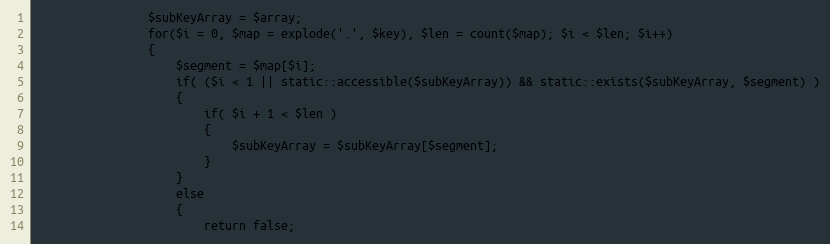
Language: PHP
				$subKeyArray = $array;
				for($i = 0, $map = explode('.', $key), $len = count($map); $i < $len; $i++)
				{
					$segment = $map[$i];
					if( ($i < 1 || static::accessible($subKeyArray)) && static::exists($subKeyArray, $segment) )
					{
						if( $i + 1 < $len )
						{
							$subKeyArray = $subKeyArray[$segment];
						}
					}
					else
					{
						return false;